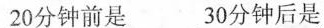
20分钟前是 30分钟后是